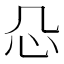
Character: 𰐻